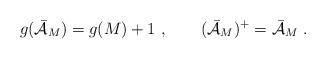
LaTeX: \begin{align*}g(\bar {\cal{A}}_M) = g(M) + 1\ ,\qquad (\bar {\cal{A}}_M)^+ =\bar {\cal{A}}_M\ .\end{align*}